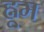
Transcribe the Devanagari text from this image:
ह्नूम